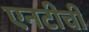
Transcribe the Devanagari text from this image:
एनटीची